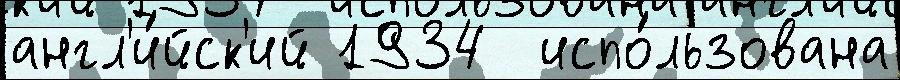
англ'и́йск'ий 1934  испо́льзована